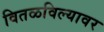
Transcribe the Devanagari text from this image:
वितळविल्यावर